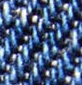
الانتخابات